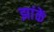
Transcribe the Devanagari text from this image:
झांकें